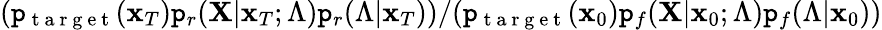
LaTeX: (\mathtt{p}_{\mathrm{{~t~a~r~g~e~t~}}}(\mathbf{{x}}_{T})\mathtt{p}_{r}(\mathbf{{X}}|\mathbf{{x}}_{T};\Lambda)\mathtt{p}_{r}(\Lambda|\mathbf{{x}}_{T}))/(\mathtt{p}_{\mathrm{{~t~a~r~g~e~t~}}}(\mathbf{{x}}_{0})\mathtt{p}_{f}(\mathbf{{X}}|\mathbf{{x}}_{0};\Lambda)\mathtt{p}_{f}(\Lambda|\mathbf{{x}}_{0}))